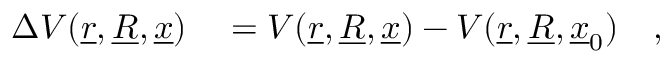
\begin{array} { r l } { \Delta V ( \underline { { r } } , \underline { { R } } , \underline { { x } } ) } & { { } = V ( \underline { { r } } , \underline { { R } } , \underline { { x } } ) - V ( \underline { { r } } , \underline { { R } } , \underline { { x } } _ { 0 } ) \quad , } \end{array}